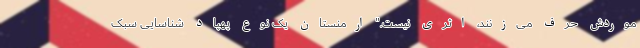
موردش حرف می‌زنند، اثری نیست." ارمنستان یک نوع پهپاد شناسایی سبک‌